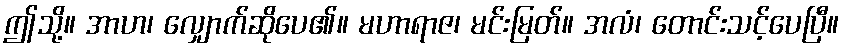
ဤသို့။ အာဟ၊ လျှောက်ဆိုပေ၏။ မဟာရာဇ၊ မင်းမြတ်။ အလံ၊ တောင်းသင့်ပေပြီ။